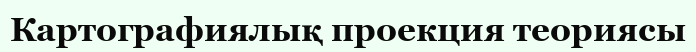
Картографиялық проекция теориясы